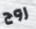
روج